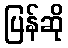
ပြန်ဆို